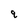
Character: q